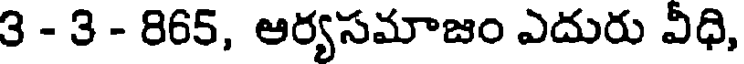
3 - 3 - 865, ఆర్యసమాజం ఎదురు వీధి,